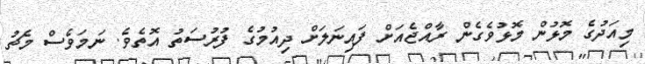
މިއަދުގެ މޮޅުން މޮޅުވެގެން ރާއްޖެއަށް ފައިނަލަށް ދިއުމުގެ ފުރުސަތު އޮތެވެ. ނަމަވެސް މެޗު